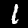
Digit: 1